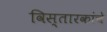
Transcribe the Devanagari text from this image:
विस्तारकांचे